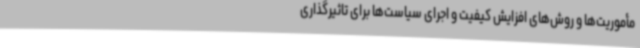
مأموریت‌ها و روش‌های افزایش کیفیت و اجرای سیاست‌ها برای تاثیرگذاری